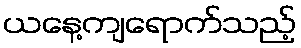
ယနေ့ကျရောက်သည့်